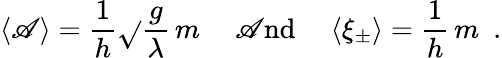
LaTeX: \langle\mathscr{A}\rangle=\frac{{1}}{{h}}\sqrt{}{{\frac{{g}}{{\lambda}}}}\, m\, \, \, \, \, \, \mathrm{{~\mathscr{A}nd~}}\, \, \, \, \, \, \langle\xi_{\pm}\rangle=\frac{{1}}{{h}}\, m\, \, \, .